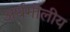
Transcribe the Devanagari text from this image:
अर्धगोलीय